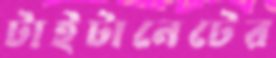
টাইটানেটের